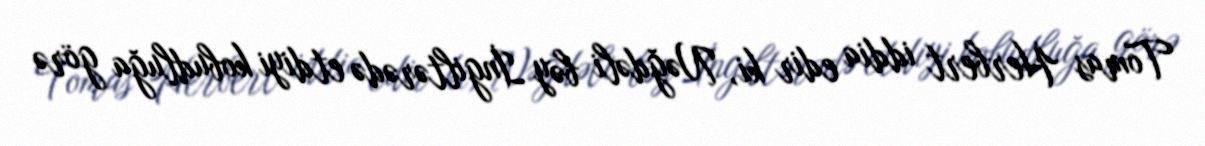
Tomas Herbert iddia edir ki, Nəğdəli bəy İngiltərədə etdiyi kobudluğa görə